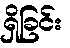
ရှိခြင်း